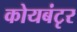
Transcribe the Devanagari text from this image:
कोयबंटृर